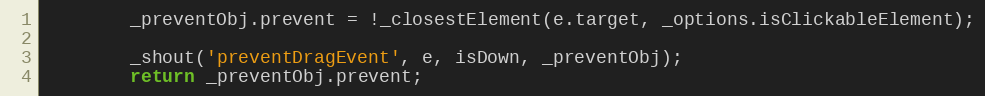
Language: JavaScript
	    _preventObj.prevent = !_closestElement(e.target, _options.isClickableElement);

		_shout('preventDragEvent', e, isDown, _preventObj);
		return _preventObj.prevent;